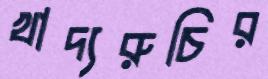
খাদ্যরুচির